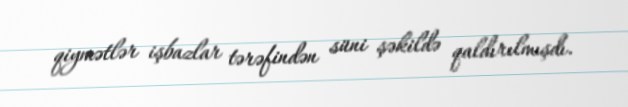
qiymətlər işbazlar tərəfindən süni şəkildə qaldırılmışdı.